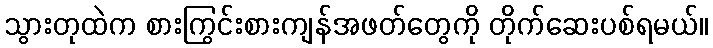
သွားတုထဲက စားကြွင်းစားကျန်အဖတ်တွေကို တိုက်ဆေးပစ်ရမယ်။